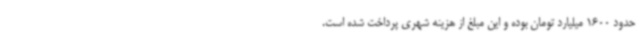
حدود 1600 میلیارد تومان بوده و این مبلغ از هزینه شهری پرداخت شده است.